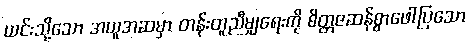
ယင်းသို့သော အယူအဆမှာ တန်းတူညီမျှရေးကို စိတ္တဇဆန်စွာဖေါ်ပြသော